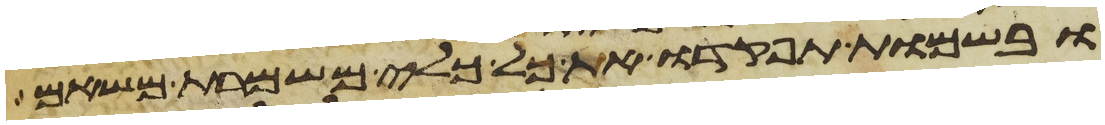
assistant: ובשמות תפקדו את כל כלי משמרת משאם